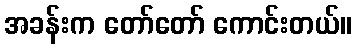
အခန်းက တော်တော် ကောင်းတယ်။